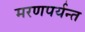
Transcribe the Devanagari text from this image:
मरणपर्यन्त